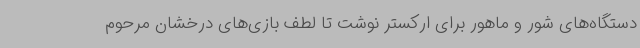
دستگاه‌های شور و ماهور برای ارکستر نوشت تا لطف بازی‌های درخشان مرحوم